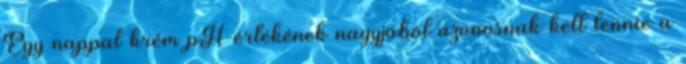
Egy nappal krém pH-értékének nagyjából azonosnak kell lennie a